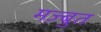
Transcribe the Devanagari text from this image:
मज़्बुत